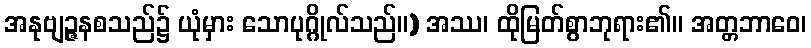
အနုဗျဉ္ဇနစသည်၌ ယုံမှား သောပုဂ္ဂိုလ်သည်။) အဿ၊ ထိုမြတ်စွာဘုရား၏။ အတ္တဘာဝေ၊